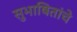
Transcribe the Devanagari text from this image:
सुभाषितांचे